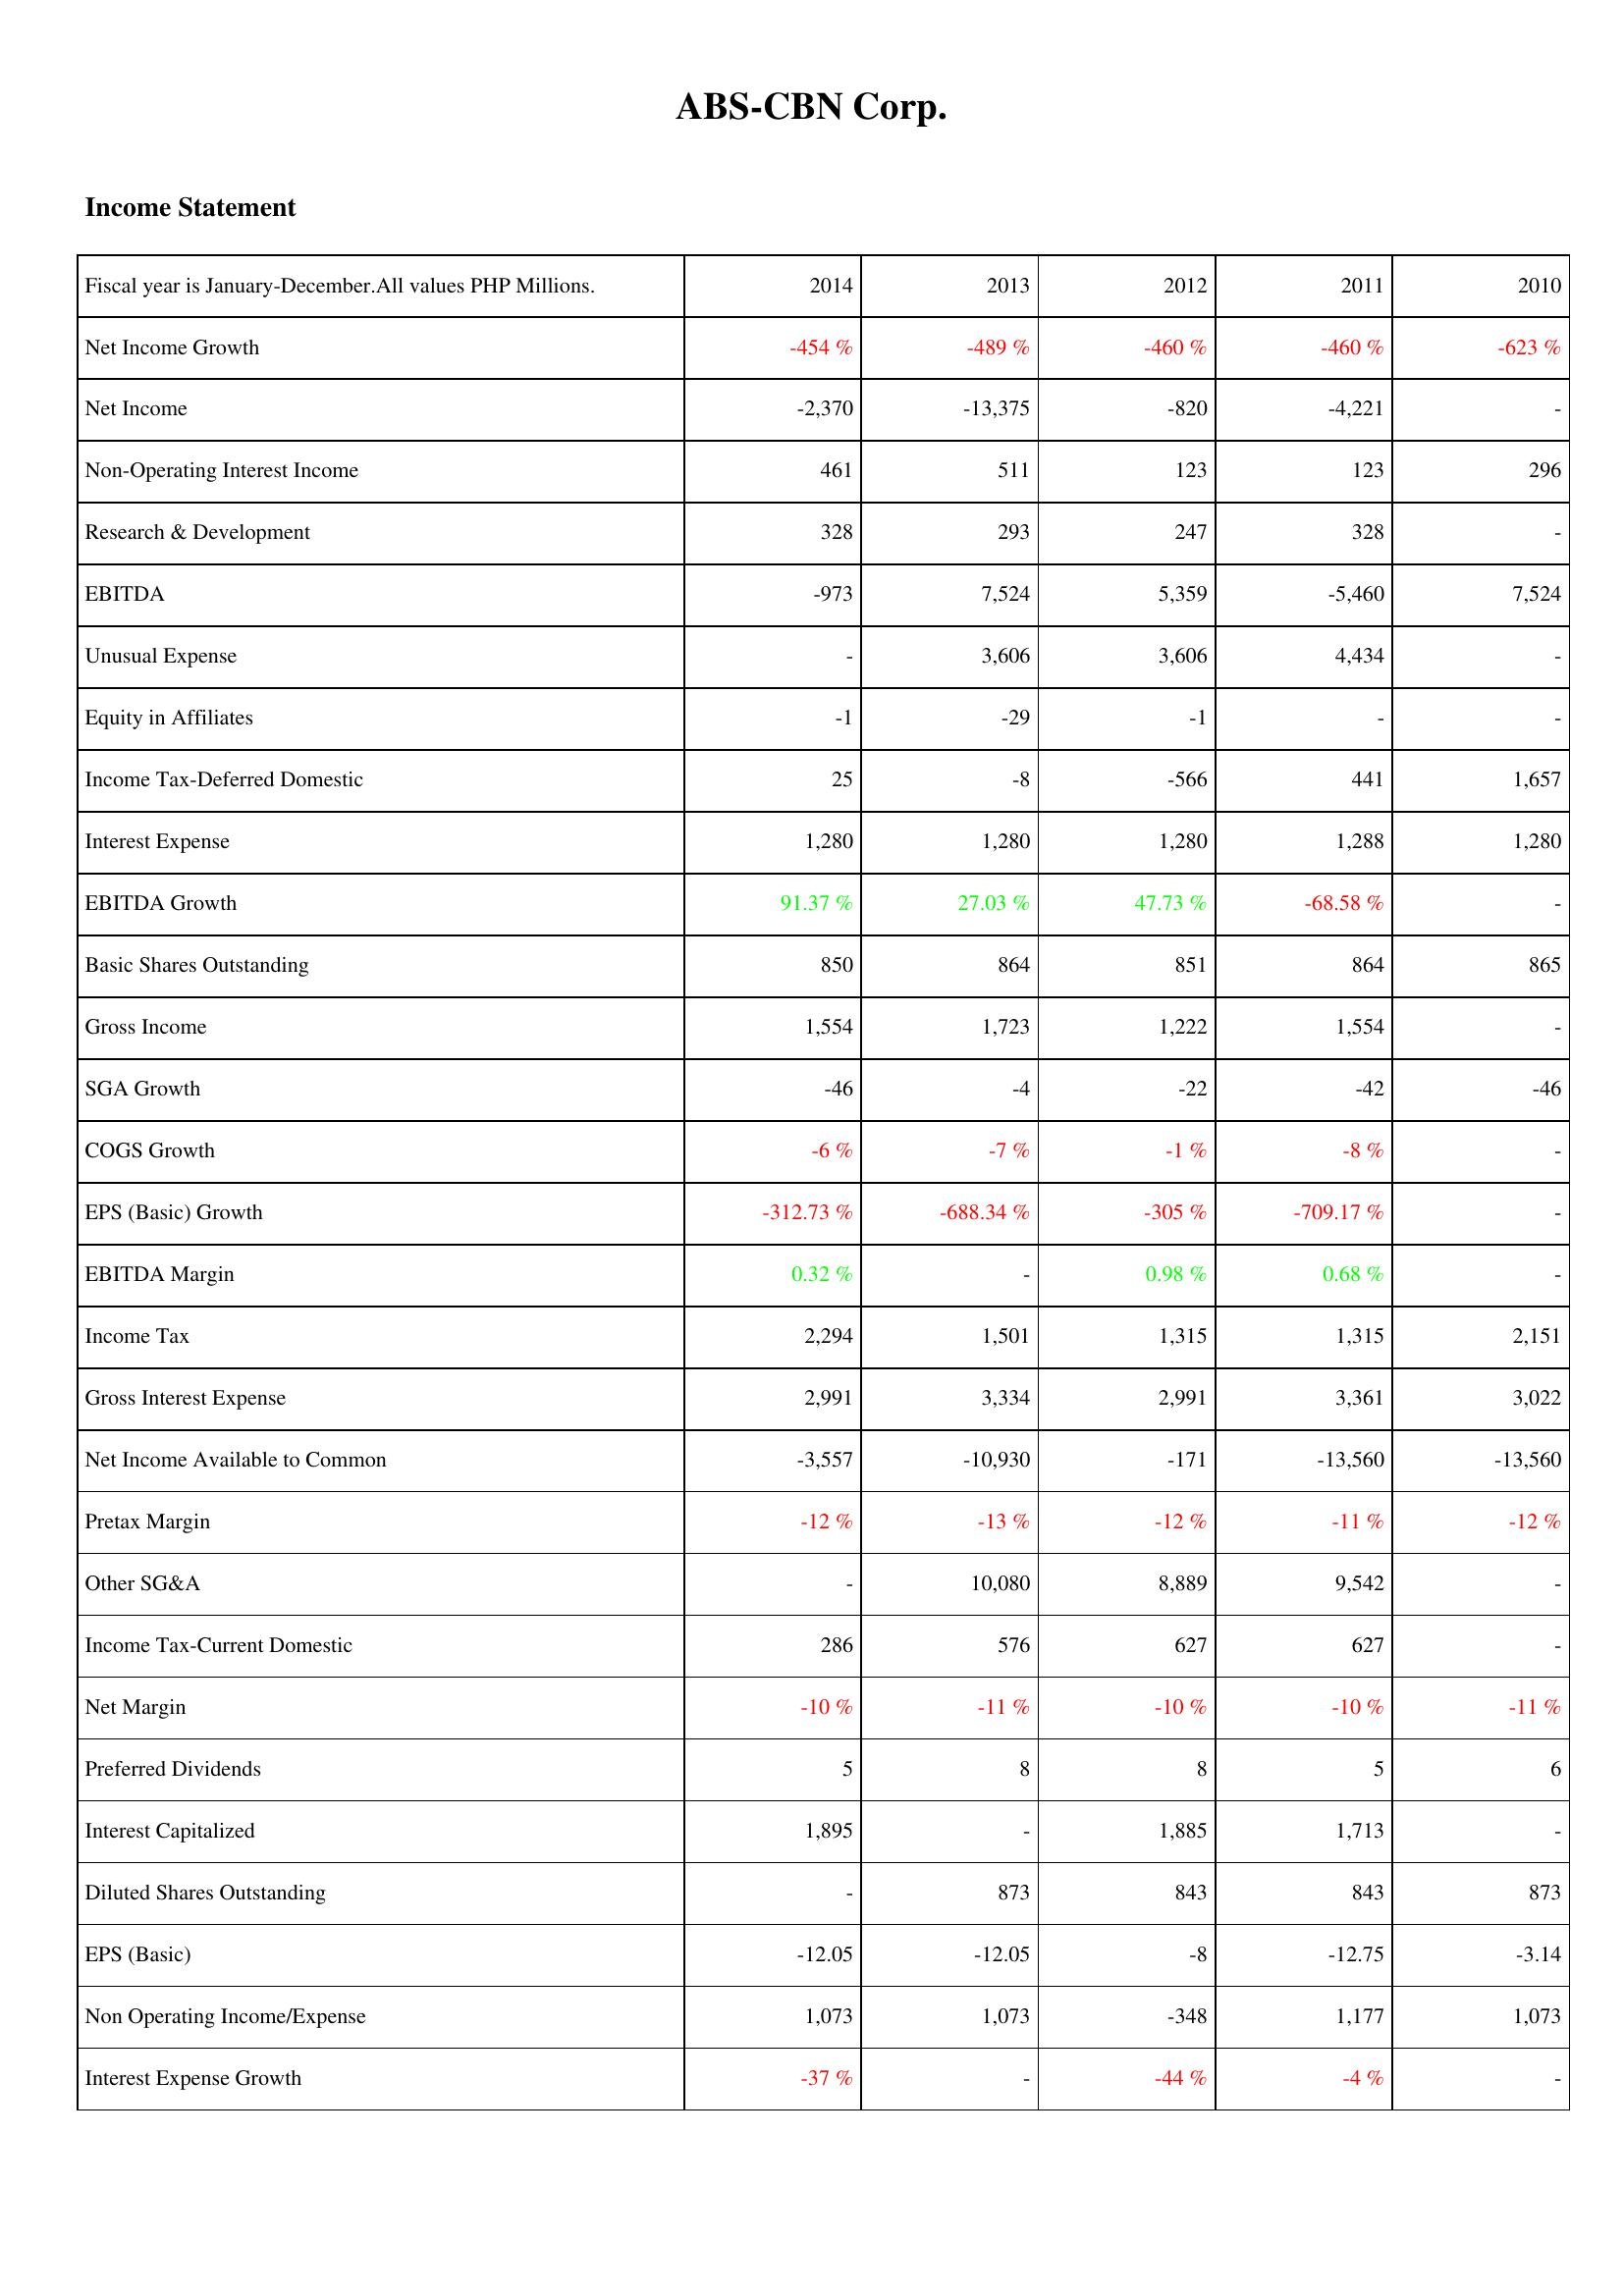
2014: Income Statement: Net Income Growth: -454 %
Net Income: -2,370
Non-Operating Interest Income: 461
Research & Development: 328
EBITDA: -973
Unusual Expense: -
Equity in Affiliates: -1
Income Tax-Deferred Domestic: 25
Interest Expense: 1,280
EBITDA Growth: 91.37 %
Basic Shares Outstanding: 850
Gross Income: 1,554
SGA Growth: -46
COGS Growth: -6 %
EPS (Basic) Growth: -312.73 %
EBITDA Margin: 0.32 %
Income Tax: 2,294
Gross Interest Expense: 2,991
Net Income Available to Common: -3,557
Pretax Margin: -12 %
Other SG&A: -
Income Tax-Current Domestic: 286
Net Margin: -10 %
Preferred Dividends: 5
Interest Capitalized: 1,895
Diluted Shares Outstanding: -
EPS (Basic): -12.05
Non Operating Income/Expense: 1,073
Interest Expense Growth: -37 %
2013: Income Statement: Net Income Growth: -489 %
Net Income: -13,375
Non-Operating Interest Income: 511
Research & Development: 293
EBITDA: 7,524
Unusual Expense: 3,606
Equity in Affiliates: -29
Income Tax-Deferred Domestic: -8
Interest Expense: 1,280
EBITDA Growth: 27.03 %
Basic Shares Outstanding: 864
Gross Income: 1,723
SGA Growth: -4
COGS Growth: -7 %
EPS (Basic) Growth: -688.34 %
EBITDA Margin: -
Income Tax: 1,501
Gross Interest Expense: 3,334
Net Income Available to Common: -10,930
Pretax Margin: -13 %
Other SG&A: 10,080
Income Tax-Current Domestic: 576
Net Margin: -11 %
Preferred Dividends: 8
Interest Capitalized: -
Diluted Shares Outstanding: 873
EPS (Basic): -12.05
Non Operating Income/Expense: 1,073
Interest Expense Growth: -
2012: Income Statement: Net Income Growth: -460 %
Net Income: -820
Non-Operating Interest Income: 123
Research & Development: 247
EBITDA: 5,359
Unusual Expense: 3,606
Equity in Affiliates: -1
Income Tax-Deferred Domestic: -566
Interest Expense: 1,280
EBITDA Growth: 47.73 %
Basic Shares Outstanding: 851
Gross Income: 1,222
SGA Growth: -22
COGS Growth: -1 %
EPS (Basic) Growth: -305 %
EBITDA Margin: 0.98 %
Income Tax: 1,315
Gross Interest Expense: 2,991
Net Income Available to Common: -171
Pretax Margin: -12 %
Other SG&A: 8,889
Income Tax-Current Domestic: 627
Net Margin: -10 %
Preferred Dividends: 8
Interest Capitalized: 1,885
Diluted Shares Outstanding: 843
EPS (Basic): -8
Non Operating Income/Expense: -348
Interest Expense Growth: -44 %
2011: Income Statement: Net Income Growth: -460 %
Net Income: -4,221
Non-Operating Interest Income: 123
Research & Development: 328
EBITDA: -5,460
Unusual Expense: 4,434
Equity in Affiliates: -
Income Tax-Deferred Domestic: 441
Interest Expense: 1,288
EBITDA Growth: -68.58 %
Basic Shares Outstanding: 864
Gross Income: 1,554
SGA Growth: -42
COGS Growth: -8 %
EPS (Basic) Growth: -709.17 %
EBITDA Margin: 0.68 %
Income Tax: 1,315
Gross Interest Expense: 3,361
Net Income Available to Common: -13,560
Pretax Margin: -11 %
Other SG&A: 9,542
Income Tax-Current Domestic: 627
Net Margin: -10 %
Preferred Dividends: 5
Interest Capitalized: 1,713
Diluted Shares Outstanding: 843
EPS (Basic): -12.75
Non Operating Income/Expense: 1,177
Interest Expense Growth: -4 %
2010: Income Statement: Net Income Growth: -623 %
Net Income: -
Non-Operating Interest Income: 296
Research & Development: -
EBITDA: 7,524
Unusual Expense: -
Equity in Affiliates: -
Income Tax-Deferred Domestic: 1,657
Interest Expense: 1,280
EBITDA Growth: -
Basic Shares Outstanding: 865
Gross Income: -
SGA Growth: -46
COGS Growth: -
EPS (Basic) Growth: -
EBITDA Margin: -
Income Tax: 2,151
Gross Interest Expense: 3,022
Net Income Available to Common: -13,560
Pretax Margin: -12 %
Other SG&A: -
Income Tax-Current Domestic: -
Net Margin: -11 %
Preferred Dividends: 6
Interest Capitalized: -
Diluted Shares Outstanding: 873
EPS (Basic): -3.14
Non Operating Income/Expense: 1,073
Interest Expense Growth: -